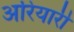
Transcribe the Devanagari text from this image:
अरियारी